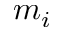
m _ { i }